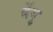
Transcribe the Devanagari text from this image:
बेंगु